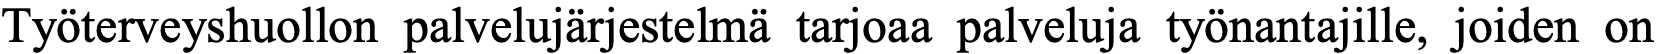
Työterveyshuollon palvelujärjestelmä tarjoaa palveluja työnantajille, joiden on